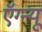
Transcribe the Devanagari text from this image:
ऍग्न्यू